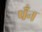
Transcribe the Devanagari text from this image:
पँन